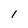
Character: l